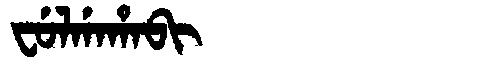
Manchu: ᠸᡠᠯᡤᠠᡥᠠᠪᡳ
Romanization: FULGAHABI